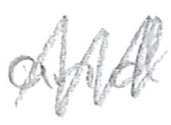
Text: and
Cross-out: zig-zag
Writing tool: pencil